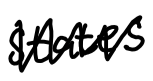
Text: States
Cross-out: zig-zag
Writing tool: digital_black